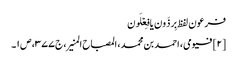
فرعون لفظ بِرذَون یا فِعۡلَون
[۲] فیومی، احمد بن محمد، المصباح المنیر، ج ۳۷۷، ص ۱۔